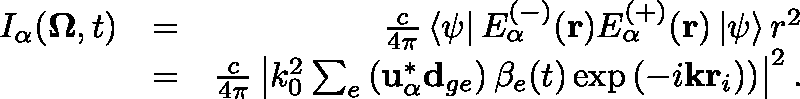
\begin{array} { r l r } { I _ { \alpha } ( \mathbf { \Omega } , t ) } & { = } & { \frac { c } { 4 \pi } \left\langle \psi \right\vert E _ { \alpha } ^ { ( - ) } ( \mathbf { r } ) E _ { \alpha } ^ { ( + ) } ( \mathbf { r } ) \left\vert \psi \right\rangle r ^ { 2 } } \\ & { = } & { \frac { c } { 4 \pi } \left| k _ { 0 } ^ { 2 } \sum _ { e } \left( \mathbf { u } _ { \alpha } ^ { * } \mathbf { d } _ { g e } \right) \beta _ { e } ( t ) \exp \left( - i \mathbf { k } \mathbf { r } _ { i } ) \right) \right| ^ { 2 } . } \end{array}